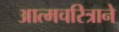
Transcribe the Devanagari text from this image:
आत्मचरित्राने